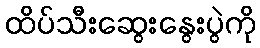
ထိပ်သီးဆွေးနွေးပွဲကို